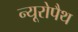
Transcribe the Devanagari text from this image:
न्यूरोपैथ